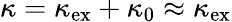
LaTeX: \kappa=\kappa_{\mathrm{ex}}+\kappa_{0}\approx\kappa_{\mathrm{ex}}